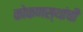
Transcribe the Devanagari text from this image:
कोकणस्थांची